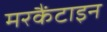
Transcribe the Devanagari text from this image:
मरकैंटाइन